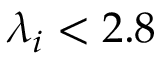
\lambda _ { i } < 2 . 8